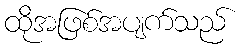
ထိုအဖြစ်အပျက်သည်